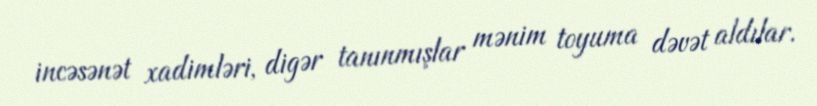
incəsənət xadimləri, digər tanınmışlar mənim toyuma dəvət aldılar.